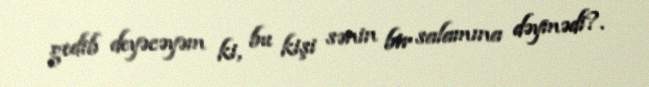
gedib deyəcəyəm ki, bu kişi sənin bir salamına dəymədi?.